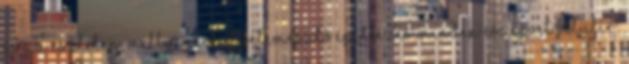
és az esztelen, milliárdokat felemésztő építkezés minden észérvet felülír.